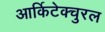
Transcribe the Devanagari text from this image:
आर्किटेक्चुरल